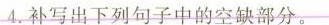
4.补写出下列句子中的空缺部分。